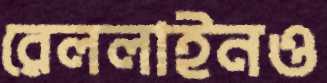
রেললাইনও